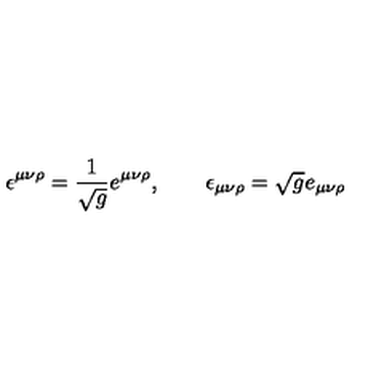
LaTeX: \epsilon ^ { \mu \nu \rho } = { \frac { 1 } { \sqrt g } } e ^ { \mu \nu \rho } , \qquad \epsilon _ { \mu \nu \rho } = \sqrt g e _ { \mu \nu \rho }